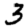
Digit: 3